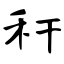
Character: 秆